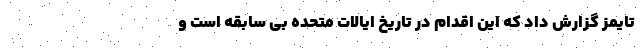
تایمز گزارش داد که این اقدام در تاریخ ایالات متحده بی سابقه است و